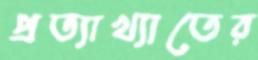
প্রত্যাখ্যাতের